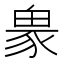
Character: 𧱋